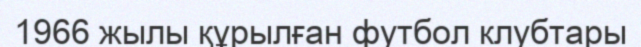
1966 жылы құрылған футбол клубтары